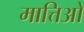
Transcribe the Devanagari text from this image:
मात्तिओ